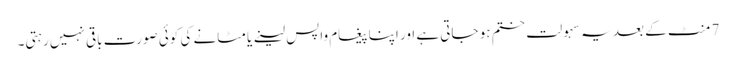
7 منٹ کے بعد یہ سہولت ختم ہو جاتی ہے اور اپنا پیغام واپس لینے یا مٹانے کی کوئی صورت باقی نہیں رہتی۔